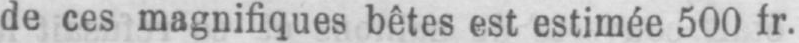
de ces magnifiques bêtes est estimée 500 fr.